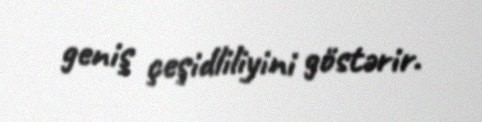
geniş çeşidliliyini göstərir.